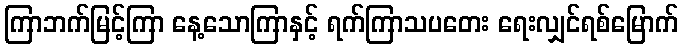
ကြာဘက်မြင့်ကြာ နေ့သောကြာနှင့် ရက်ကြာသပတေး ရေးလျှင်ရစ်မြောက်